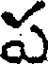
ప